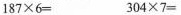
$$1 8 7 \times 6 =$$ $$3 0 4 \times 7 =$$